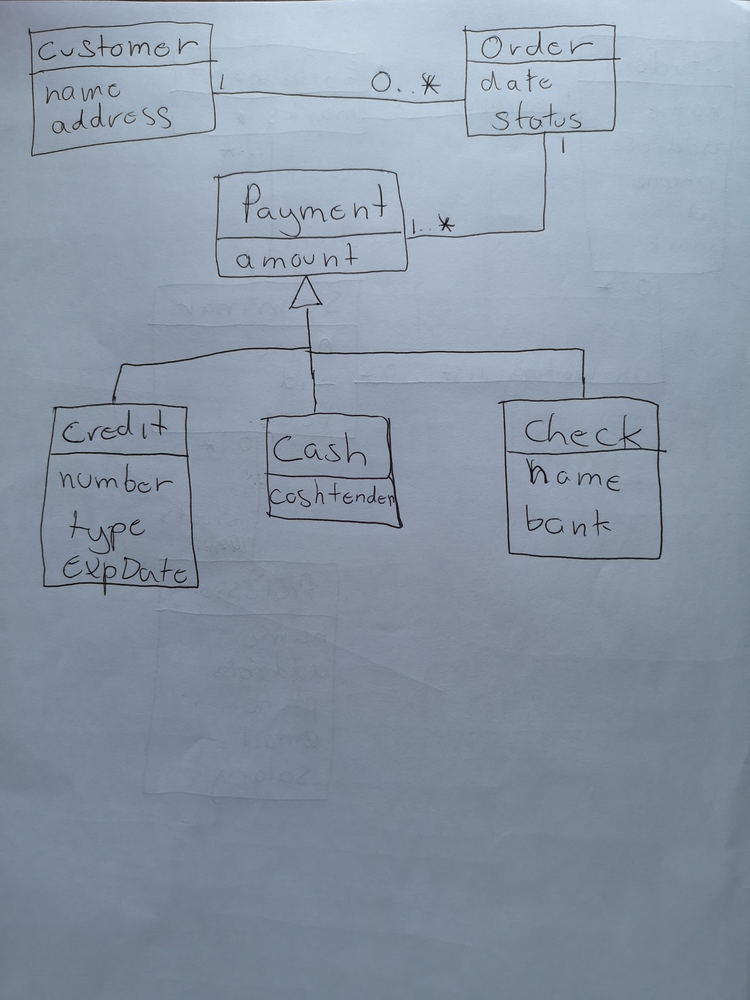
Diagram type: class_diagram
```plantuml
@startuml

class Customer {
  name
  address
}

class Order {
  date
  status
}

class Payment {
  amount
}

class Credit extends Payment {
  number
  type
  expDate
}

class Cash extends Payment {
  cashtender
}

class Check extends Payment {
  name
  bank
}

Order "0..*" -- "1" Customer
Order "1" -- "1..*" Payment

@enduml
```